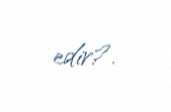
edir?.